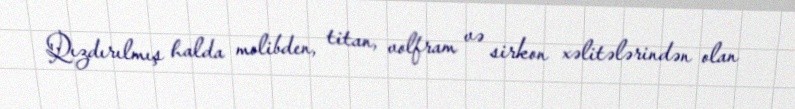
Qızdırılmış halda molibden, titan, volfram və sirkon xəlitələrindən olan